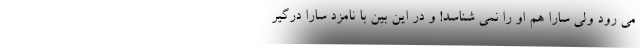
می رود ولی سارا هم او را نمی شناسد! و در این بین با نامزد سارا درگیر